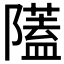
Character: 𨽈